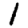
Digit: 1